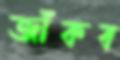
জাঁকব